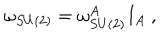
LaTeX: \omega _ { S U ( 2 ) } = \omega _ { S U ( 2 ) } ^ { A } I _ { A } \ ,